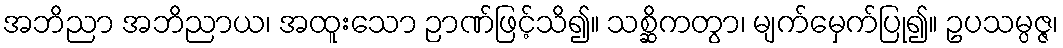
အဘိညာ အဘိညာယ၊ အထူးသော ဉာဏ်ဖြင့်သိ၍။ သစ္ဆိကတွာ၊ မျက်မှေက်ပြု၍။ ဥပသမ္ပဇ္ဇ၊